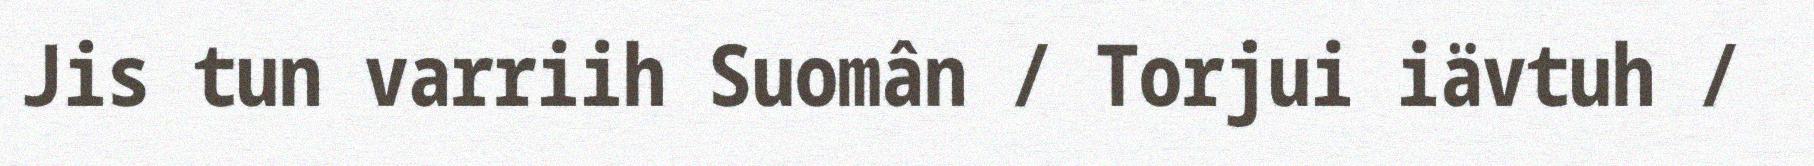
Jis tun varriih Suomân / Torjui iävtuh /